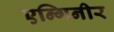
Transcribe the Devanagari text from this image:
एन्गिनीर